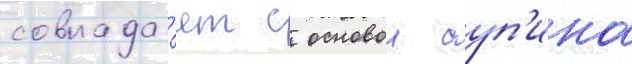
совпада́ет с основои суп'ина